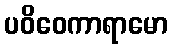
ပဝိဝေကာရာမော